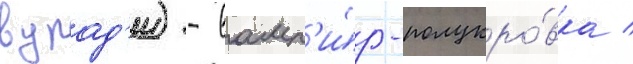
вурад'и) - вамп'и́р-полукро́вка /